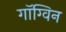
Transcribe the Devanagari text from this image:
गॉग्विन